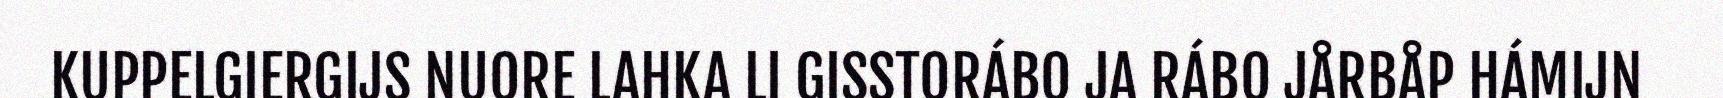
KUPPELGIERGIJS NUORE LAHKA LI GISSTORÁBO JA RÁBO JÅRBÅP HÁMIJN